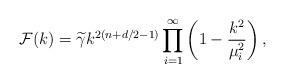
LaTeX: \begin{align*}{\cal F}(k)={\widetilde \gamma}k^{2(n+d/2-1)}\prod_{i=1}^{\infty}\left(1-{k^{2}\over \mu_{i}^{2}}\right),\end{align*}